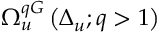
\Omega _ { u } ^ { q G } \left( \Delta _ { u } ; q > 1 \right)